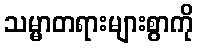
သမ္မာတရားများစွာကို